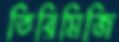
তিরিমিজি